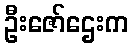
ဦးဇော်ဌေးက